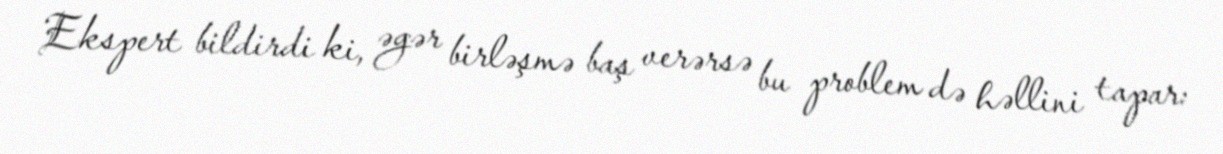
Ekspert bildirdi ki, əgər birləşmə baş verərsə bu problem də həllini tapar: